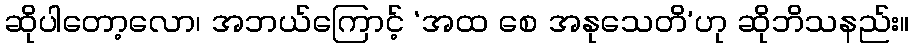
ဆိုပါတော့လော၊ အဘယ်ကြောင့် ‘အထ စေ အနုသေတိ’ဟု ဆိုဘိသနည်း။